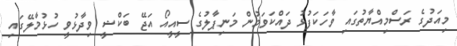
މިއަދުގެ ރަސްމިއްޔާތުގައި ވާހަކަފުޅު ދައްކަވަމުން މަނިޕާލުގެ ސީއީއޯ އަޖޭ ބަކްޝީ ވިދާޅުވީ ހުޅުމާލޭގައި